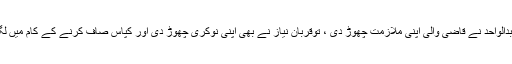
جب عبدالواحد نے قاضی والی اپنی ملازمت چھوڑ دی ، توقربان نیاز نے بھی اپنی نوکری چھوڑ دی اور کپاس صاف کرنے کے کام میں لگ گیا ۔